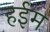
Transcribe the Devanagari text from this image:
हईम